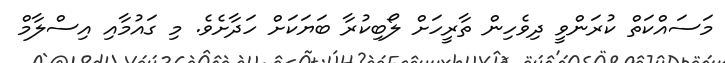
މަސައްކަތް ކުރަންވީ ދިވެހިން ތާރީހަށް ލޯބިކުރާ ބަޔަކަށް ހަދާށެވެ. މި ގައުމާއި އިސްލާމް